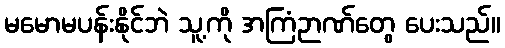
မမောမပန်းနိုင်ဘဲ သူ့ကို အကြံဉာဏ်တွေ ပေးသည်။